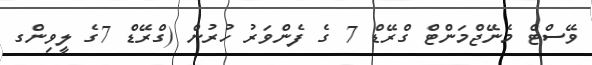
ވޭސްޓް މެނޭޖްމަންޓް ގްރޭޑް 7 ގެ ފެންވަރު ހުރުން (ގްރޭޑް 7ގެ ލީވިންގ